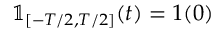
\mathbb { 1 } _ { [ - T / 2 , T / 2 ] } ( t ) = 1 ( 0 )